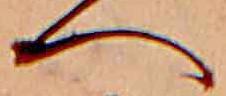
へ